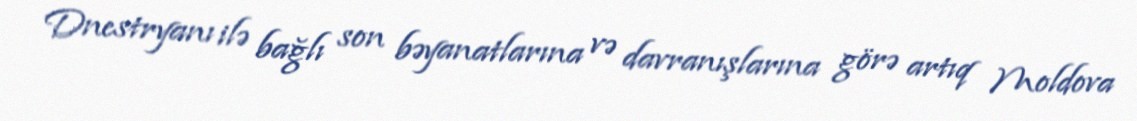
Dnestryanı ilə bağlı son bəyanatlarına və davranışlarına görə artıq Moldova